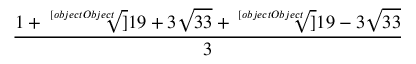
\frac { 1 + { \sqrt [ [object Object] ] { 1 9 + 3 { \sqrt { 3 3 } } } } + { \sqrt [ [object Object] ] { 1 9 - 3 { \sqrt { 3 3 } } } } } { 3 }